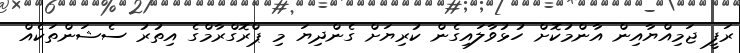
ރަފީ ޖަމިއްޔާއިން އާންމުކޮށް ހުޅުވާލައިގެން ކުރިޔަށް ގެންދިޔަ މި ޕްރޮގްރާމްގެ އިތުރު ސެޝަންތަކެއް